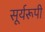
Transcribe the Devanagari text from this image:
सूर्यरूपी